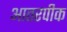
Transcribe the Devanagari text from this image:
आतरपीक